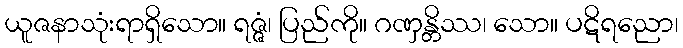
ယူဇနာသုံးရာရှိသော။ ရဇ္ဇံ၊ ပြည်ကို။ ဂဏှန္တိဿ၊ သော။ ပဋိရညော၊